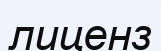
лиценз